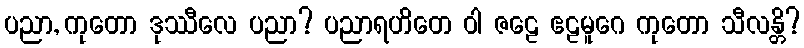
ပညာ, ကုတော ဒုဿီလေ ပညာ? ပညာရဟိတေ ဝါ ဇဠေ ဧဠမူဂေ ကုတော သီလန္တိ?